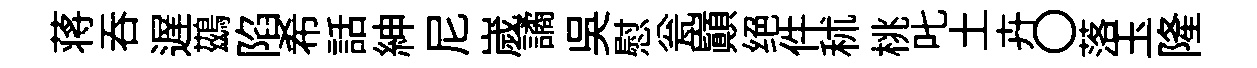
蒋呑遅鷀陷希話紳尼嵗譎呉慰瓮巔绝件秫桃叱土卉〇落玉隆